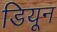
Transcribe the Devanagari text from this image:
डियून